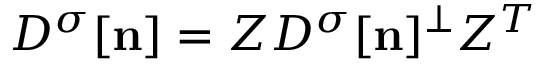
D ^ { \sigma } [ { \bf n } ] = Z { D ^ { \sigma } } [ { \bf n } ] ^ { \perp } Z ^ { T }